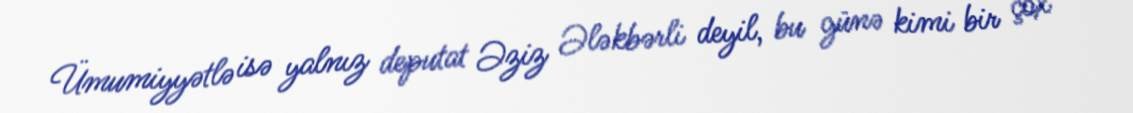
Ümumiyyətlə isə yalnız deputat Əziz Ələkbərli deyil, bu günə kimi bir çox